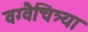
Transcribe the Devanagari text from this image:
वग्वैचित्र्या